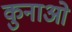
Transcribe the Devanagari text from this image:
कुनाओ